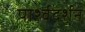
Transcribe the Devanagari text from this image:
पार्श्वदर्शन